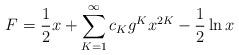
LaTeX: \begin{align*}F = \frac{1}{2}x + \sum_{K=1}^{\infty}c_K g^K x^{2K} - \frac{1}{2}\ln x\end{align*}